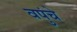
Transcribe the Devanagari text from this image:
वपुंचे